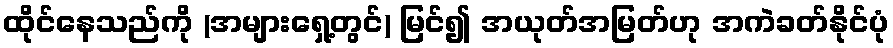
ထိုင်နေသည်ကို (အများရှေ့တွင်) မြင်၍ အယုတ်အမြတ်ဟု အကဲခတ်နိုင်ပုံ